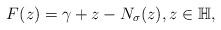
LaTeX: \begin{align*}F(z)=\gamma+z-N_{\sigma}(z),z\in\mathbb{H},\end{align*}